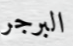
البرجر